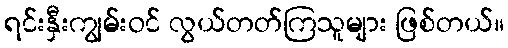
ရင်းနှီးကျွမ်းဝင် လွယ်တတ်ကြသူများ ဖြစ်တယ်။